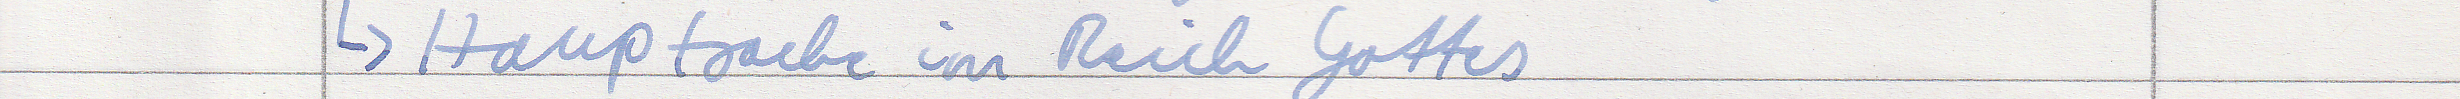
-> Hauptsache im Reich Gottes